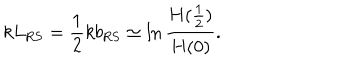
k L _ { \mathrm { R S } } = \frac 1 2 k b _ { \mathrm { R S } } \simeq \ln \frac { H ( \frac 1 2 ) } { H ( 0 ) } .